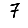
Digit: 7